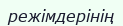
режімдерінің